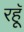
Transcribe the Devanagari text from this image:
रहॅू